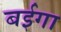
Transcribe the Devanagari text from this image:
बईगा